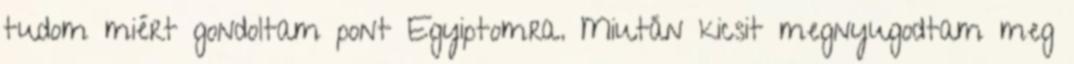
tudom miért gondoltam pont Egyiptomra. Miután kicsit megnyugodtam meg